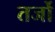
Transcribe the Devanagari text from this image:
तर्जो